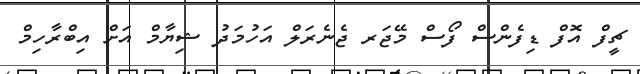
ޗީފް އޮފް ޑިފެންސް ފޯސް މޭޖަރ ޖެނެރަލް އަހުމަދު ޝިޔާމް އަށް އިބްރާހިމް